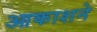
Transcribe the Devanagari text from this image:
आकाशने